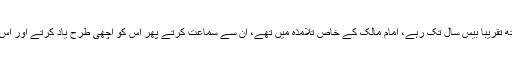
مالک بن انس کے ساتھ تقریباً بیس سال تک رہے، امام مالک کے خاص تلامذہ میں تھے، ان سے سماعت کرتے پھر اس کو اچھی طرح یاد کرتے اور اس پر عمل کرتے تھے۔